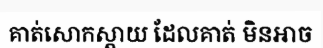
គាត់សោកស្តាយ ដែលគាត់ មិនអាច